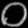
Digit: ၀